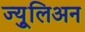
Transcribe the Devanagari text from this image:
ज्युूलिअन